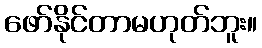
ဖော်နိုင်တာမဟုတ်ဘူး။